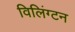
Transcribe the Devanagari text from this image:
विलिंग्‍टन